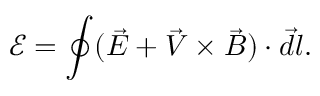
\mathcal E = \oint ( \vec { E } + \vec { V } \times \vec { B } ) \cdot \vec { d l } .